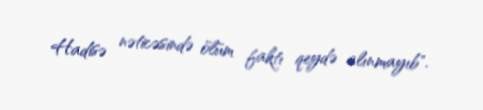
Hadisə nəticəsində ölüm faktı qeydə alınmayıb".